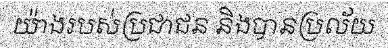
យ៉ាងរបស់ប្រជាជន និងបានប្រល័យ